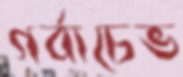
গর্বাচেভ